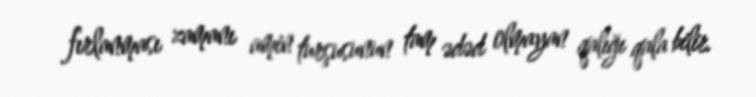
fırlanması zamanı amin turşusunun tam ədəd olmayan qalığı qala bilir.